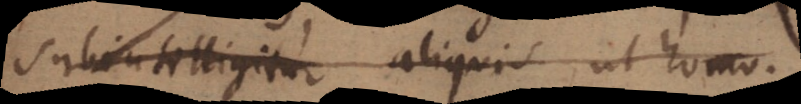
subintelligitur aliquis ut homo.